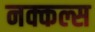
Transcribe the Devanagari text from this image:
नक्कल्स